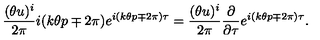
\frac { ( \theta u ) ^ { i } } { 2 \pi } i ( k \theta p \mp 2 \pi ) e ^ { i ( k \theta p \mp 2 \pi ) \tau } = \frac { ( \theta u ) ^ { i } } { 2 \pi } \frac { \partial } { \partial \tau } e ^ { i ( k \theta p \mp 2 \pi ) \tau } .